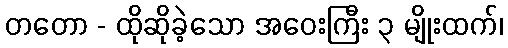
တတော - ထိုဆိုခဲ့သော အဝေးကြီး ၃ မျိုးထက်၊